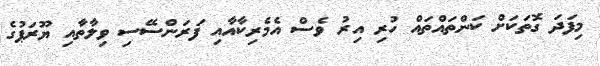
މިފަދަ ގޮތަކަށް ކަންތައްތައް ހުރި އިރު ވެސް އެމެރިކާއާއި ފަރަންސޭސި ވިލާތާއި ޔޫރަޕުގެ